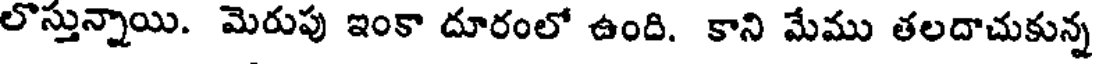
లొస్తున్నాయి. మెరుపు ఇంకా దూరంలో ఉంది. కాని మేము తలదాచుకున్న